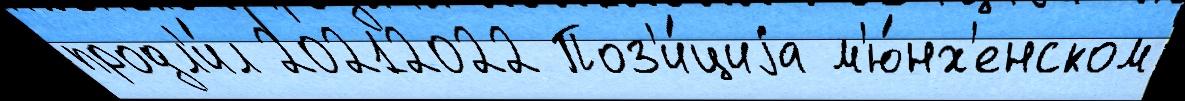
продл'и́л 20212022 Поз'и́циjа м'ю́нх'енском